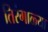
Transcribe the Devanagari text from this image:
तिरंगाळ्या